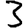
Digit: 3